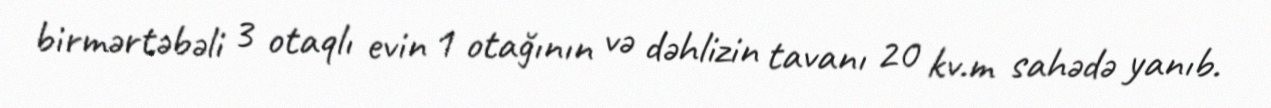
birmərtəbəli 3 otaqlı evin 1 otağının və dəhlizin tavanı 20 kv.m sahədə yanıb.